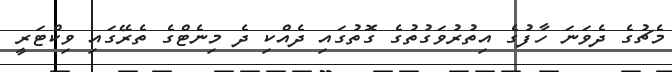
މެޗުގެ ދެވަނަ ހާފުގެ އިތުރުވަގުތުގެ ގޮތުގައި ދެއްކި ދެ މިނެޓްގެ ތެރޭގައި ވިކްޓަރީ